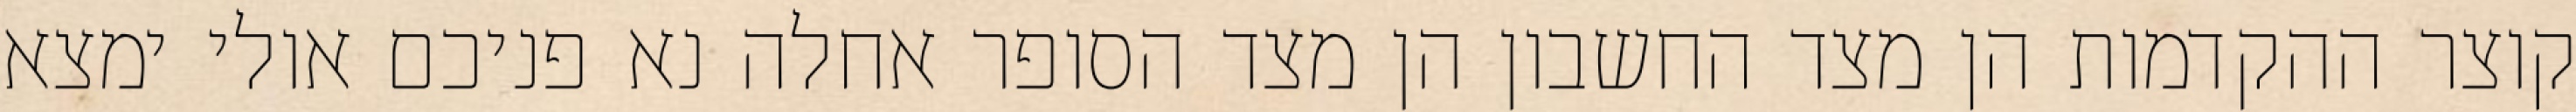
קוצר ההקדמות הן מצד החשבון הן מצד הסופר אחלה נא פניכם אולי ימצא